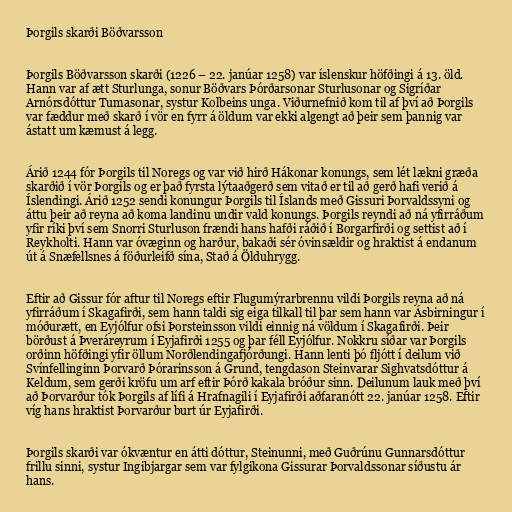
Þorgils skarði Böðvarsson

Þorgils Böðvarsson skarði (1226 – 22. janúar 1258) var íslenskur höfðingi á 13. öld.
Hann var af ætt Sturlunga, sonur Böðvars Þórðarsonar Sturlusonar og Sigríðar
Arnórsdóttur Tumasonar, systur Kolbeins unga. Viðurnefnið kom til af því að Þorgils
var fæddur með skarð í vör en fyrr á öldum var ekki algengt að þeir sem þannig var
ástatt um kæmust á legg.

Árið 1244 fór Þorgils til Noregs og var við hirð Hákonar konungs, sem lét lækni græða
skarðið í vör Þorgils og er það fyrsta lýtaaðgerð sem vitað er til að gerð hafi verið á
Íslendingi. Árið 1252 sendi konungur Þorgils til Íslands með Gissuri Þorvaldssyni og
áttu þeir að reyna að koma landinu undir vald konungs. Þorgils reyndi að ná yfirráðum
yfir ríki því sem Snorri Sturluson frændi hans hafði ráðið í Borgarfirði og settist að í
Reykholti. Hann var óvæginn og harður, bakaði sér óvinsældir og hraktist á endanum
út á Snæfellsnes á föðurleifð sína, Stað á Ölduhrygg.

Eftir að Gissur fór aftur til Noregs eftir Flugumýrarbrennu vildi Þorgils reyna að ná
yfirráðum í Skagafirði, sem hann taldi sig eiga tilkall til þar sem hann var Ásbirningur í
móðurætt, en Eyjólfur ofsi Þorsteinsson vildi einnig ná völdum í Skagafirði. Þeir
börðust á Þveráreyrum í Eyjafirði 1255 og þar féll Eyjólfur. Nokkru síðar var Þorgils
orðinn höfðingi yfir öllum Norðlendingafjórðungi. Hann lenti þó fljótt í deilum við
Svínfellinginn Þorvarð Þórarinsson á Grund, tengdason Steinvarar Sighvatsdóttur á
Keldum, sem gerði kröfu um arf eftir Þórð kakala bróður sinn. Deilunum lauk með því
að Þorvarður tók Þorgils af lífi á Hrafnagili í Eyjafirði aðfaranótt 22. janúar 1258. Eftir
víg hans hraktist Þorvarður burt úr Eyjafirði.

Þorgils skarði var ókvæntur en átti dóttur, Steinunni, með Guðrúnu Gunnarsdóttur
frillu sinni, systur Ingibjargar sem var fylgikona Gissurar Þorvaldssonar síðustu ár
hans.